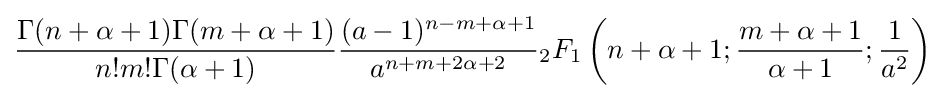
{\frac {\Gamma (n+\alpha +1)\Gamma (m+\alpha +1)}{n!m!\Gamma (\alpha +1)}}{\frac {(a-1)^{n-m+\alpha +1}}{a^{n+m+2\alpha +2}}}{}_{2}F_{1}\left(n+\alpha +1;{\frac {m+\alpha +1}{\alpha +1}};{\frac {1}{a^{2}}}\right)